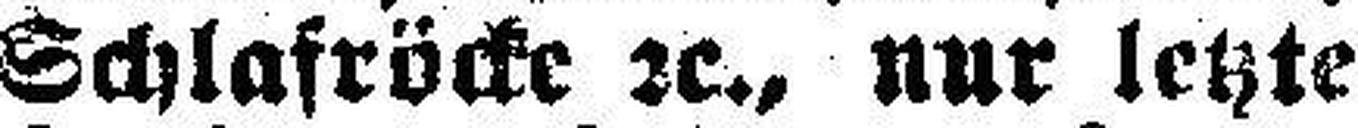
Schlafröcke 2c., nur letzte